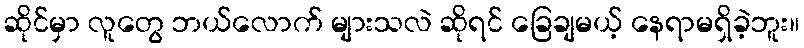
ဆိုင်မှာ လူတွေ ဘယ်လောက် များသလဲ ဆိုရင် ခြေချမယ့် နေရာမရှိခဲ့ဘူး။